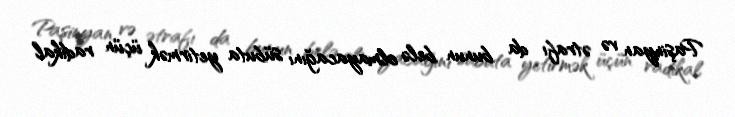
Paşinyan və ətrafı da bunun belə olmayacağını sübuta yetirmək üçün radikal